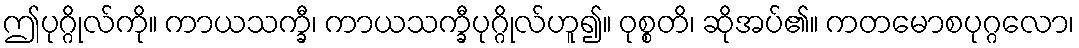
ဤပုဂ္ဂိုလ်ကို။ ကာယသက္ခီ၊ ကာယသက္ခီပုဂ္ဂိုလ်ဟူ၍။ ဝုစ္စတိ၊ ဆိုအပ်၏။ ကတမောစပုဂ္ဂလော၊